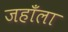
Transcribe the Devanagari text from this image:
जहाँला